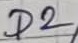
Text: D2